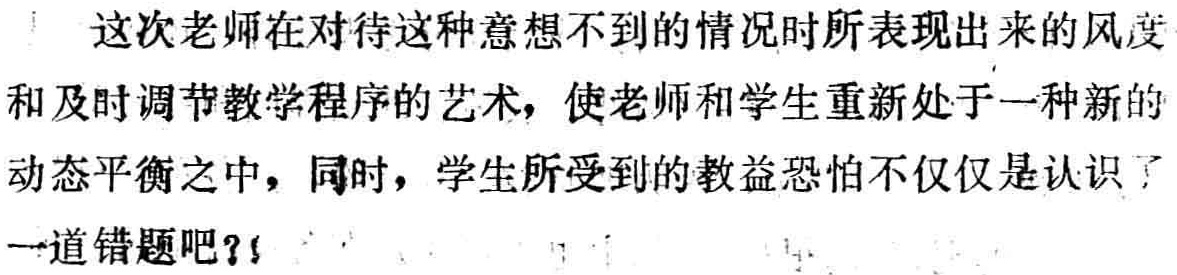
这次老师在对待这种意想不到的情况时所表现出来的风度和及时调节教学程序的艺术，使老师和学生重新处于一种新的动态平衡之中，同时，学生所受到的教益恐怕不仅仅是认识了一道错题吧？！